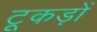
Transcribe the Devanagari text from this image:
टूकड़ों